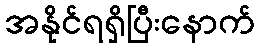
အနိုင်ရရှိပြီးနောက်